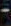
-